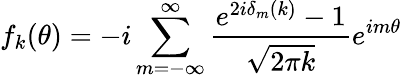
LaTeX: f_{k}(\theta)=-i\sum_{m=-\infty}^{\infty}{\frac{e^{2i\delta_{m}(k)}-1}{\sqrt{2\pi k}}}e^{im\theta}\,